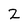
Character: 2